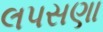
લપસણા